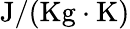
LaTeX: \mathrm{{J/{(Kg\cdot K)}}}